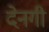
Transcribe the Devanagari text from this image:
देनगी